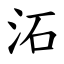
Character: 沰